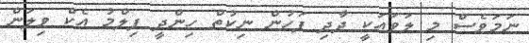
ނަމަވެސް މި ލަވައަކީ ދާދި ފަހުން ނިކުތް ހިންދީ ފިލްމު އެކް ވިލަން